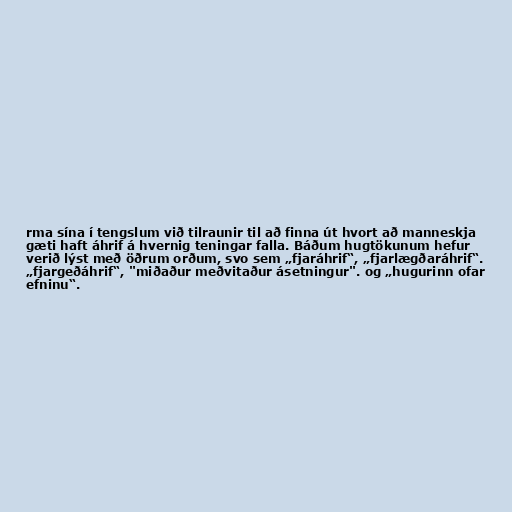
rma sína í tengslum við tilraunir til að finna út hvort að manneskja
gæti haft áhrif á hvernig teningar falla. Báðum hugtökunum hefur
verið lýst með öðrum orðum, svo sem „fjaráhrif“, „fjarlægðaráhrif“.
„fjargeðáhrif“, "miðaður meðvitaður ásetningur". og „hugurinn ofar
efninu“.